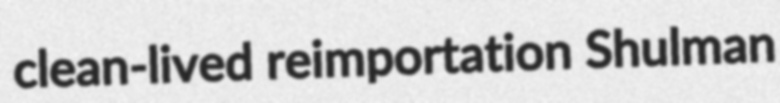
clean-lived reimportation Shulman